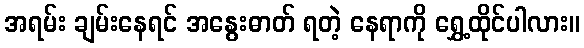
အရမ်း ချမ်းနေရင် အနွေးဓာတ် ရတဲ့ နေရာကို ရွှေ့ထိုင်ပါလား။